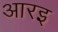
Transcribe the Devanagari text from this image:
आरइ